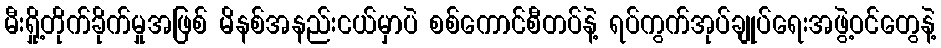
မီးရှို့တိုက်ခိုက်မှုအဖြစ် မိနစ်အနည်းငယ်မှာပဲ စစ်ကောင်စီတပ်နဲ့ ရပ်ကွက်အုပ်ချုပ်ရေးအဖွဲ့ဝင်တွေနဲ့